Lunatic asylums Punjab 1868-1880 - 1868-1880
Year: 1868
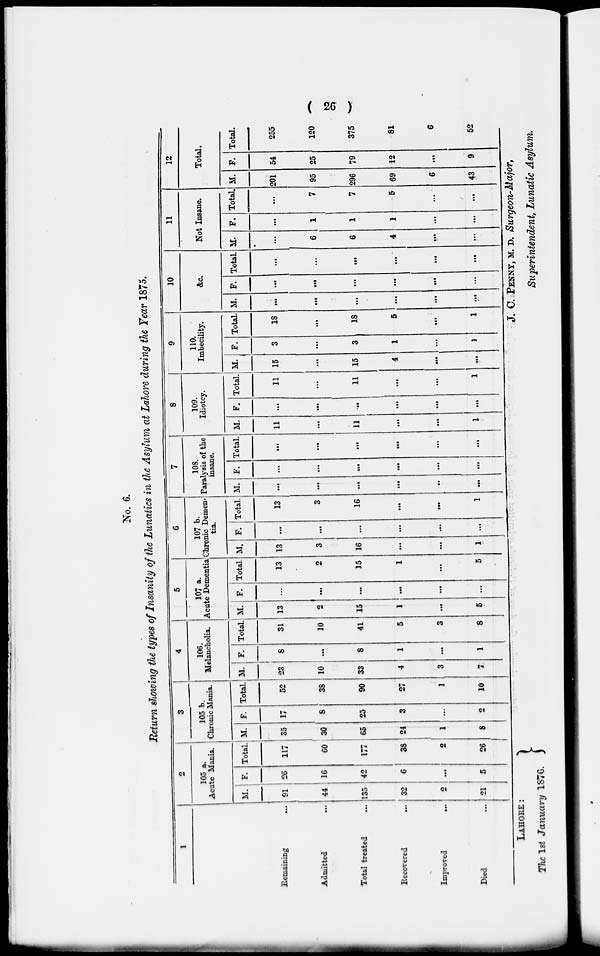
( 26 )
No. 6.
Return showing the types of Insanity of the Lunatics in the Asylum at Lahore during the Year 1875.
1
Remaining
...
Admitted
...
Total treated ...
Recovered
...
Improved ...
Died
...
2
105 a.
Acute Mania.
M.
91
44
135
32
2
21
F.
26
16
42
6
...
5
Total
117
60
177
38
2
26
3
105 b.
Chronic Mania.
M.
35
30
65
24
1
8
F.
17
8
25
3
...
2
Total.
52
38
90
27
1
10
4
106.
Melancholia.
M.
23
10
33
4
3
7
F.
8
...
8
1
...
1
Total.
31
10
41
5
3
8
5
107 a.
Acute Dementia
M.
13
2
15
1
...
5
F.
...
...
...
...
...
...
Total.
13
2
15
1
...
5
6
107 b.
Chronic Demen-
tia.
M.
13
3
16
...
...
1
F.
...
...
...
...
...
...
Total.
13
3
16
...
...
1
7
108.
Paralysis of the
insane.
M.
...
...
...
...
...
...
F.
...
...
...
...
...
...
Total.
...
...
...
...
...
...
8
109.
Idiotcy.
M.
11
...
11
...
...
1
F.
...
...
...
...
...
...
Total.
11
...
11
...
...
1
9
110.
Imbecility.
M.
15
...
15
4
...
...
F.
3
...
3
1
...
1
Total.
18
...
18
5
...
1
10
&c.
M.
...
...
...
...
...
...
F.
...
...
...
...
...
...
Total.
...
...
...
...
...
...
11
Not Insane.
M.
...
6
6
4
...
...
F.
...
1
1
1
...
...
Total.
...
7
7
5
...
...
12
Total.
M.
201
95
296
69
6
43
F.
54
25
79
12
...
9
Total.
255
120
375
81
6
52
LAHORE:
The 1st January 1876.
J. C. .PENNY, M. D. Surgeon-Major,
Superintendent, Lunatic Asylum.